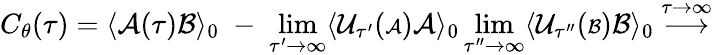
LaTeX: C_{\theta}(\tau)=\langle{\cal A}(\tau){\cal B}\rangle_{0}\; -\; \operatorname*{lim}_{\tau^{\prime}\rightarrow\infty}\langle{\cal U}_{\tau^{\prime}}({\scriptstyle{\cal A}}){\cal A}\rangle_{0}\operatorname*{lim}_{\tau^{\prime\prime}\rightarrow\infty}\langle{\cal U}_{\tau^{\prime\prime}}({\scriptstyle{\cal B}}){\cal B}\rangle_{0}\stackrel{\tau\rightarrow\infty}{\longrightarrow}